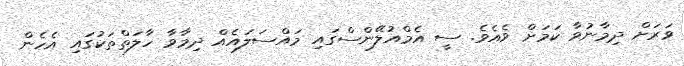
ވަރަށް ދިމާނުވާ ކަމަށް ވެއެވެ. ސީ އެމްއުލޭންސްގައި މައްސަލައެއް ދިމާވާ ހާލަތްތަކުގައި އެހެން